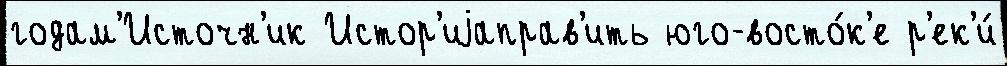
годам'Источн'ик Истор'иjаправ'ить юго-восто́к'е р'ек'и́